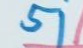
51